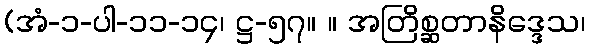
(အံ-၁-ပါ-၁၁-၁၄၊ ဋ္ဌ-၅၇။ ။ အတြိစ္ဆတာနိဒ္ဒေသ၊